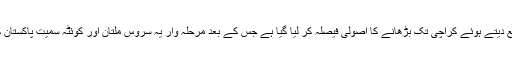
اب پاکستان پوسٹ کی جانب سے اس سروس کو توسیع دیتے ہوئے کراچی تک بڑھانے کا اصولی فیصلہ کر لیا گیا ہے جس کے بعد مرحلہ وار یہ سروس ملتان اور کوئٹہ سمیت پاکستان کے مزید بڑے شہروں میں بھی شروع کی جائے گی۔